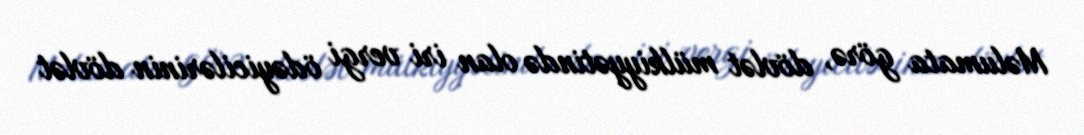
Məlumata görə, dövlət mülkiyyətində olan iri vergi ödəyicilərinin dövlət